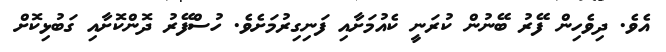
އެވެ. ދިވެހިން ފޭރު ބޭނުން ކުރަނީ ކެއުމަށާއި ފަނިގިރުމަށެވެ. ހުސްފޭރު ދޮންކޮށާއި ގަބުޅިކޮށް